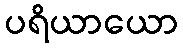
ပရိယာယော